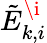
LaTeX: \tilde{E}_{k,i}^{\i}